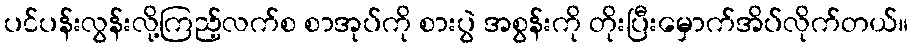
ပင်ပန်းလွန်းလို့ကြည့်လက်စ စာအုပ်ကို စားပွဲ အစွန်းကို တိုးပြီးမှောက်အိပ်လိုက်တယ်။